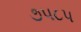
૭૫૮૫